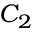
C _ { 2 }